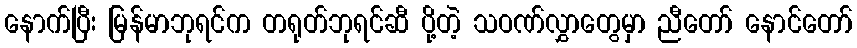
နောက်ပြီး မြန်မာဘုရင်က တရုတ်ဘုရင်ဆီ ပို့တဲ့ သဝဏ်လွှာတွေမှာ ညီတော် နောင်တော်